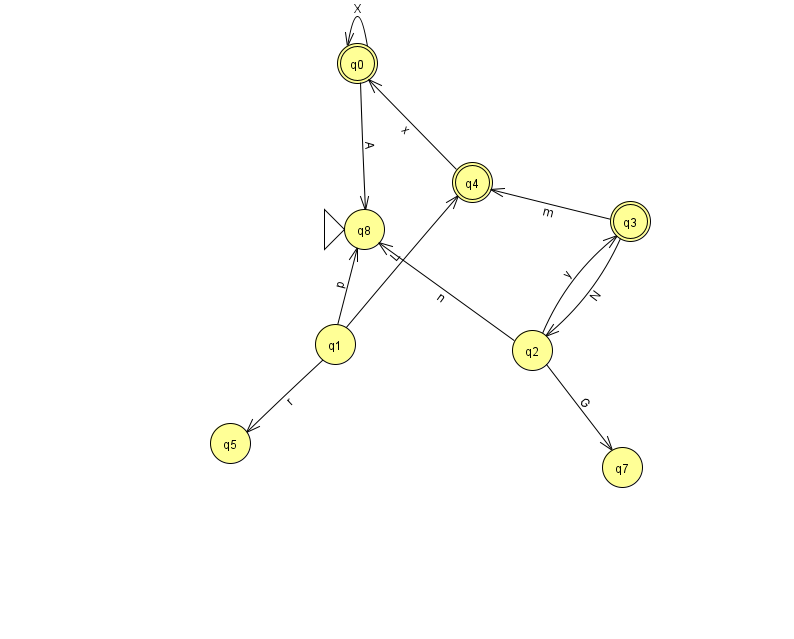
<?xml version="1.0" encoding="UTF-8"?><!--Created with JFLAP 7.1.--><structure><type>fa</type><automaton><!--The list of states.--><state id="0" name="q0"><x>357.0</x><y>50.0</y><final/></state><state id="1" name="q1"><x>335.0</x><y>331.0</y></state><state id="2" name="q2"><x>532.0</x><y>337.0</y></state><state id="3" name="q3"><x>630.0</x><y>208.0</y><final/></state><state id="4" name="q4"><x>472.0</x><y>169.0</y><final/></state><state id="5" name="q5"><x>230.0</x><y>430.0</y></state><state id="7" name="q7"><x>622.0</x><y>454.0</y></state><state id="8" name="q8"><x>364.0</x><y>216.0</y><initial/></state><!--The list of transitions.--><transition><from>4</from><to>0</to><read>x</read></transition><transition><from>1</from><to>8</to><read>p</read></transition><transition><from>1</from><to>5</to><read>r</read></transition><transition><from>0</from><to>0</to><read>X</read></transition><transition><from>2</from><to>3</to><read>y</read></transition><transition><from>2</from><to>8</to><read>n</read></transition><transition><from>3</from><to>4</to><read>m</read></transition><transition><from>0</from><to>8</to><read>A</read></transition><transition><from>1</from><to>4</to><read>L</read></transition><transition><from>2</from><to>7</to><read>G</read></transition><transition><from>3</from><to>2</to><read>N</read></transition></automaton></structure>